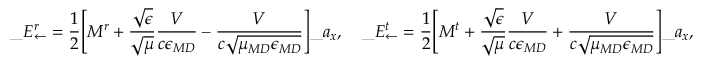
\_ E _ { \leftarrow } ^ { r } = { \frac { 1 } { 2 } } \Bigg [ M ^ { r } + \frac { \sqrt { \epsilon } } { \sqrt { \mu } } \frac { V } { c \epsilon _ { \/ { M D } } } - \frac { V } { c \sqrt { \mu _ { \/ { M D } } \epsilon _ { \/ { M D } } } } \Bigg ] \_ a _ { x } , \quad \_ E _ { \leftarrow } ^ { t } = { \frac { 1 } { 2 } } \Bigg [ M ^ { t } + \frac { \sqrt { \epsilon } } { \sqrt { \mu } } \frac { V } { c \epsilon _ { \/ { M D } } } + \frac { V } { c \sqrt { \mu _ { \/ { M D } } \epsilon _ { \/ { M D } } } } \Bigg ] \_ a _ { x } ,